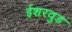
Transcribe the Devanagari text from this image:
ईशरवुड